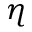
\eta